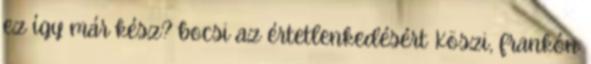
ez így már kész? bocsi az értetlenkedésért Köszi, frankón